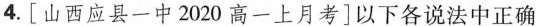
4.[山西应县一中2020高一上月考]以下各说法中正确